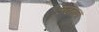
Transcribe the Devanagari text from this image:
ऊठताना